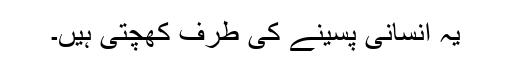
یہ انسانی پسینے کی طرف کھچتی ہیں۔